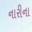
નારીના